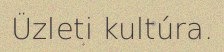
Üzleti kultúra.